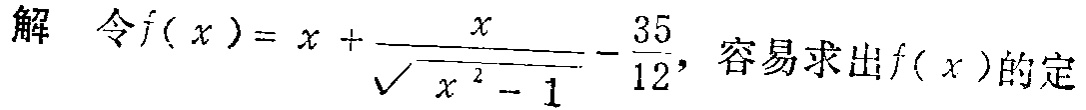
解 令\(f(x)=x + \frac{x}{\sqrt{x^{2}-1}}-\frac{35}{12}\)，容易求出\(f(x)\)的定